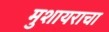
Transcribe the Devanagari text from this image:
मुशायराचा